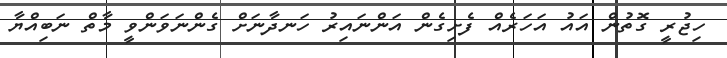
ހިޖުރީ ގޮތުން އައު އަހަރެއް ފެށިގެން އަންނައިރު ހަނދާނަށް ގެންނަވަންވީ މާތް ނަބިއްޔާ